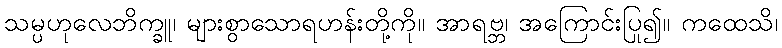
သမ္ပဟုလေဘိက္ခူ၊ များစွာသောရဟန်းတို့ကို။ အာရဗ္ဘ၊ အကြောင်းပြု၍။ ကထေသိ၊